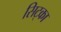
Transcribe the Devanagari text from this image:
सिट्का